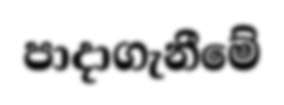
පාදාගැනීමේ